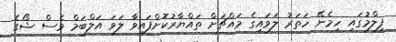
ފިލްމުގައި ހިމެނޭ ހަތަރު ލަވައިގެ މައްޗަށް ތައްޔާރުކޮށްފައިވާ ލަވަ އަލްބަމް ވެސް ޝޯގެ